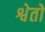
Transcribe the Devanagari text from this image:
श्वेतो